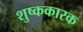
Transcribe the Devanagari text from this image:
शुष्ककारक